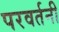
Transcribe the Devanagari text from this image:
परवर्तनी